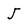
Character: J